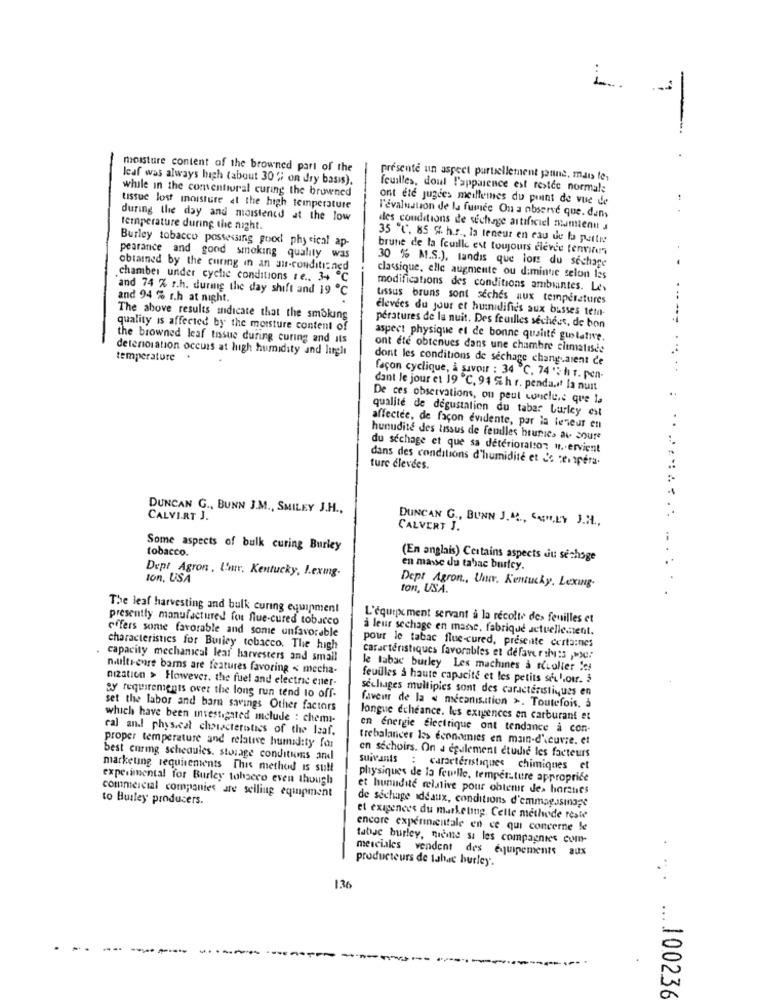
moisture content of the browned part of the
leaf was always high (about 30 % on dry basis).
présenté un aspect purtellement jaune, mais le,
while in the comentiural curing the browned
feuilles, doul l'apparence est restee normal;
ont ete jugdes meillemes du point de vue de
tissue lost moisture at the high temperature
during the day and moistencd at the low
l'évaluation de la fumée On a observe que. dem
temperature during the night.
des conditions de séchage artificiel mamienut a
Burley tobacco possessing good physical ap-
35 ℃'. 85 %. h.r ., la teneur en eau de la partie
brune de la feuille est toujours eleve fennms
pearance and good smoking quality was
obtained by the curing in an au-conditioned
30 % M.S.), tandis que lors du sechage
chamber under cyche conditions re .. 34 ℃
classique, elle augmente ou diminue selon les
and 74 % r.h. during the day shift and 19 ℃
modifications des conditions ambiantes. Le
and 94 % r.h at night.
tissus bruns sont seches aux temperatures
élevées du jour et humidifies aux busses tem-
The above results indicate that the smoking
--
quality is affected by the moisture content of
peratures de la nuit. Des feuilles séchées, de bon
the browned leaf tissue during curing and its
aspect physique et de bonne quiste gulative.
. .
deterioration occurs at high humidity and lingit
ont ete obtenues dans une chambre climatisée
temperature +
dont les conditions de séchage changuaient ce
façon cyclique, à savoir : 34 ℃. 74 ": h r. pen-
dant le jour et 19 ℃, 94 %h r. penda.it la nuit
De ces observations, on peut conclu,e que la
qualité de degustation du taber burley est
affectée, de façon evidente, par la teneur en
hunudite des tissus de feuilles hrunice av Soure
du séchage et que sa deterioralso: u. ervient
dans des conditions d'humidité et de ses pera.
ture élevées.
DUNCAN G ., BUNN J.M ., SMILEY J.H .,
CALVI.RT J.
DUNCAN G ., BUNN J. M ., CARHELY J.H .,
CALVERT J.
Some aspects of bulk curing Burley
tobacco.
(En anglais) Certains aspects aiu sechoge
Dept Agron , L'mr. Kentucky, I.exmg-
en masse du tabac burley.
ton, USA
Dept Agron ., Univ. Kentucky, Lexing.
ton, USA.
The leaf harvesting and bulk curing equipment
presently manufactured for flue-cured tobacco
L'equipx ment servant à la récolte des feuilles et
à leur sechage en masse, fabrique actuellement.
offers some favorable and some unfavorable
characteristics for Builey tobacco. The high
pour le tabac flue-cured, presente certaines
. capacity mechanical leaf harvesters and small
caractéristiques favorables et défaveril :: »x ::
nultr-enre barns are features favoring < mecha-
le tabac burley Les machines & ruolier ios
nization > However, the fuel and electric ener-
feuilles & haute capacité et les petits seu !. our. 3
séchages multiples sont des caractéristiques en
By requirements over the long run tend to off
set the labor and barn savings Other factors
faveur de la « mecanisation >. Toutefois, à
which have been investigated mclude : chemi-
longue echeance. les exigences en carburant et
ral and physical characteristics of the Isaf.
en energie électrique ont tendance à con-
trebalancer les économies en main-d'ceuvre. et
proper temperature and relative humidity for
best curig schedules. storage conditions and
suivants
en séchoirs. On a également étudie les facteurs
marketing requirements This method is sull
: caractéristiques chimiques et
experimental for Burley tobacco even though
physiques de la feuille, temperature appropriée
et hunudite relative pour obtenir Jes horauses
commercial companies are selling equipment
to Builey producers.
de séchage idéaux, conditions d'emmagasinage
et exigences du marketing. Celle methede reste
encore expérmicastale en ce qui concerne le
tabse burley, meme si les compagnies com-
merciales vendent des équipements aux
producteurs de tabac burley.
...
1,36
-----
... 100236